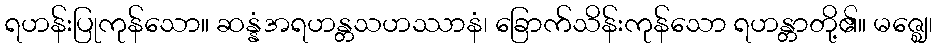
ရဟန်းပြုကုန်သော။ ဆန္နံအရဟန္တသဟဿာနံ၊ ခြောက်သိန်းကုန်သော ရဟန္တာတို့၏။ မဇ္ဈေ၊